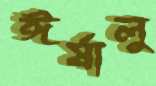
ঈর্ষালু